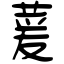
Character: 萲